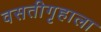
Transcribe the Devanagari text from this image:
वसतीगृहाला